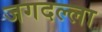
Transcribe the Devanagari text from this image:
जगदल्ला